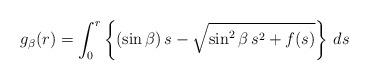
LaTeX: \begin{align*}g_\beta(r)=\int_0^r\left\{(\sin\beta)\,s-\sqrt{\sin^2\beta\,s^2+f(s)}\right\}\,ds\end{align*}